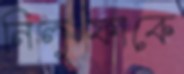
নিলুফাকে